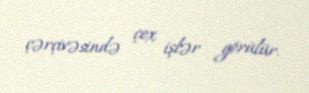
çərçivəsində çox işlər görülür.